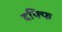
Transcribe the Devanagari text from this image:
दफ्फि